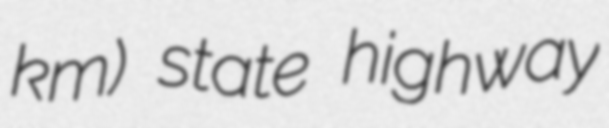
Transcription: km) state highway